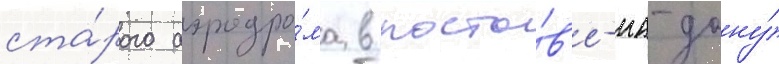
ста́рого аэродро́ма в росто́в'е-на-дону́